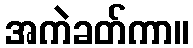
အကဲခတ်ကာ။